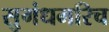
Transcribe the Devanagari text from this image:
सुगंधमरिच